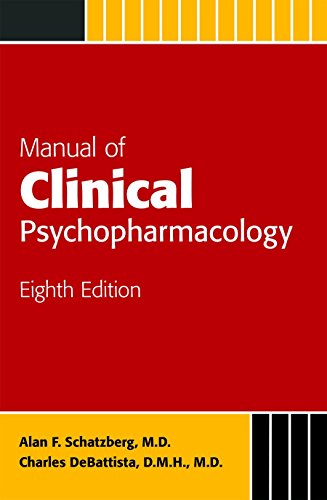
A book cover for Manual of Clinical Psychopharmacology (Schatzberg, Manual of Clinical Psychopharmacology); Alan F. Schatzberg; Medical Books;